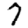
Digit: 7